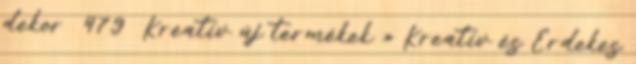
dekor 479 Kreatív új termékek » Kreatív és Érdekes